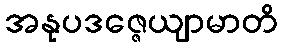
အနုပဒဇ္ဇေယျာမာတိ